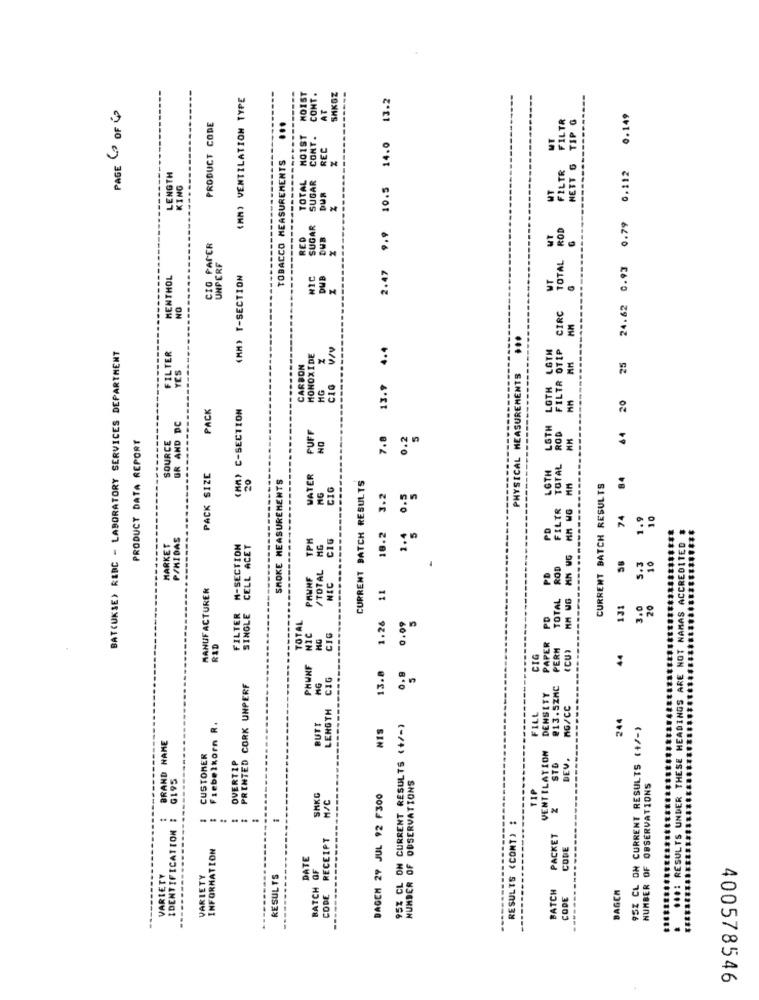
(MM) VENTILATION TYPE
MOIST
CONT .
SAKGZ
13.2
AT
PAGE 4 OF 4
FILTR
NETT'S TIP G
24.62 0.93 0.79 0.112 0.149
PRODUCT CODE
...
MO1ST
CONT.
14.0
TOBACCO MEASUREMENTS
FILTR
LENGTH
SUGAR
10.5
KING
TOTAL
WT
DUR
---
SUGAR
2.47 9.9
TOTAL ROD
RED
DUB
WY
CIG PAPER
UNPERF
MENTHOL
(MM) T-SECTION
NIC
DUB
UT
NO
CIRC
...
BATCUKSE) R&DC - LABORATORY SERVICES DEPARTMENT
FILTER
CIG VIV
4.4
LOTH LOTH LOTH
FILTR OTIP
MONOXIDE
25
CARBON
13.9
PHYSICAL MEASUREMENTS
MG
---------
20
PACK
(MM) C-SECTION
----------
GR AND DC
FUFF
ROD
64
PRODUCT DATA REPORT
SOURCE
NO
7.8
0.2
FILTR TOTAL
LGTH
PACK SIZE
20
WATER
84
SMOKE MEASUREMENTS
MG
CIG
CURRENT BATCH RESULTS
0.5
CURRENT BATCH RESULTS
3.2
74
10
10.2
PD
P/MIDAS
TPK
MG
CIG
----
ADINGS ARE NOT NAMAS ACCREDITED
MARKET
M-SECTION
CELL ACET
5.3
10
/TOTAL
TOTAL ROD
NIC
MANUFACTURER
11
FILTER
SINGLE
131
3.0
20
TOTAL
1.26
0.09
PAPER PD
NIC
CIG
RAD
PERM
CU
CIG
44
PHUNF
13.8
0.8
CIG
5
PRINTED CORK UNPERF
NG
DENSITY
@13.5ZAC
LENGTH
MG/CC
FILL
Frebelkorn R.
BUTI
95% CL ON CURRENT RESULTS (+/-)
244
95Z CL ON CURRENT RESULTS (+/-)
BRAND NAME
NIS
VENTILATION
... RESULTS UNDER THESE
CUSTOMER
OVERTZP
DEV.
STD
G195
NUMBER OF OBSERVATIONS
TIP
NUMBER OF OBSERVATIONS
SHKC
M/C
DAGEN 27 JUL 92 F300
.. ..
IDENTIFICATION
............
RESULTS (CONT) :
RECEIPT
PACKET
INFORMATION
CODE
DATE
BATCH OF
VARIETY
VARIETY
RESULTS
CODE
BATCH
BAGCM
CODE
400578546